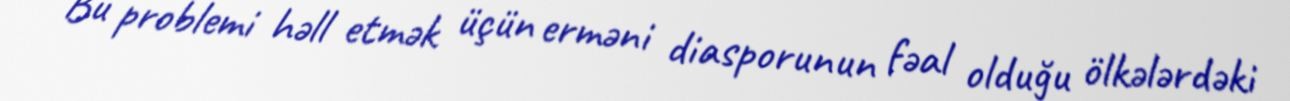
Bu problemi həll etmək üçün erməni diasporunun fəal olduğu ölkələrdəki